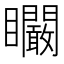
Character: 矙